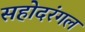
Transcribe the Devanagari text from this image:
सहोदरंगल